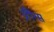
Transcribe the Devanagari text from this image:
प्रौंग्स